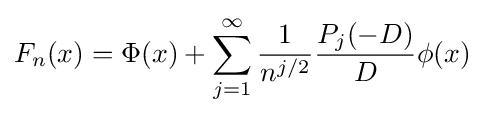
F_{n}(x)=\Phi (x)+\sum _{j=1}^{\infty }{\frac {1}{n^{j/2}}}{\frac {P_{j}(-D)}{D}}\phi (x)